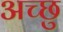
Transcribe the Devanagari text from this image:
अच्छु